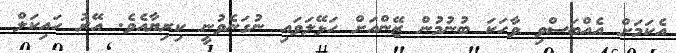
އެކަމަށް އެއްބަސްވި ވާހަކަ ބުނުމުން ޒޭންއަށް ހަޅޭލަވައި ނުގަނެވުނީ ކިރިޔާއެވެ. އޭރު ހައިކަލް